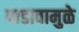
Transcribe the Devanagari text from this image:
पाडावामुळे